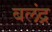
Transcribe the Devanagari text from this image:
बलंद्र